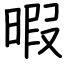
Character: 暇